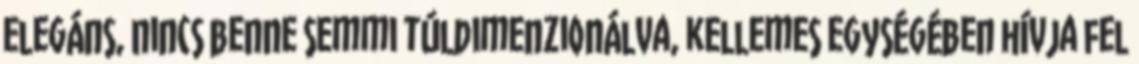
elegáns, nincs benne semmi túldimenzionálva, kellemes egységében hívja fel